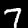
Digit: 7